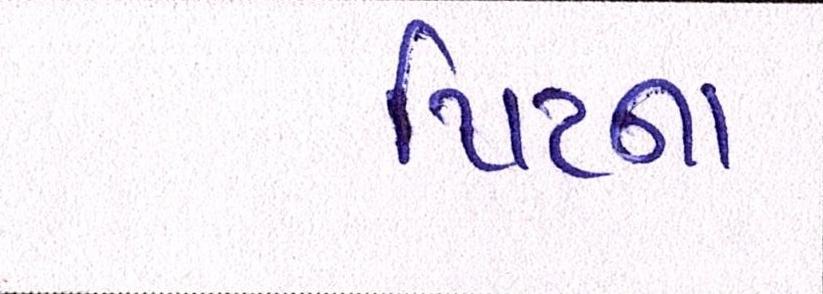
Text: પિટના